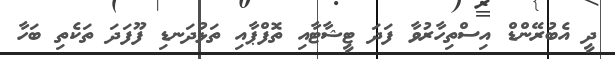
ދީ އެބުރޭންޑް އިސްތިހާރުވާ ފަދަ ޓީޝާޓާއި ތޮފްޕާއި ތަޅުދަނޑި ފޫފަދަ ތަކެތި ބަހާ